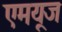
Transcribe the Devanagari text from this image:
एमयूज